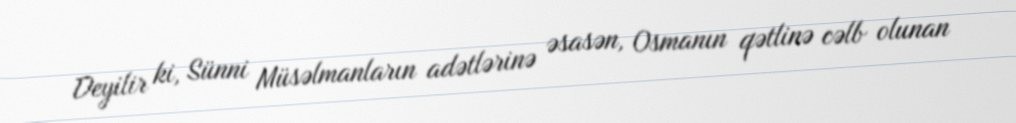
Deyilir ki, Sünni Müsəlmanların adətlərinə əsasən, Osmanın qətlinə cəlb olunan